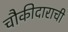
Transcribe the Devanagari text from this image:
चौकीदाराची